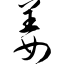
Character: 姜